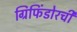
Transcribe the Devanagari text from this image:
ग्रिफिंडोरची